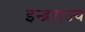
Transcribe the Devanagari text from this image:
इन्द्रराज्य